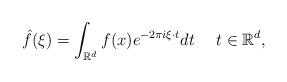
LaTeX: \begin{align*}\hat{f}(\xi)=\int_{\mathbb{R}^d}f(x)e^{-2\pi i\xi\cdot t}dt \ \ \ \ t\in\mathbb{R}^d,\end{align*}